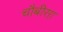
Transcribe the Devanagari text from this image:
चौबीसा